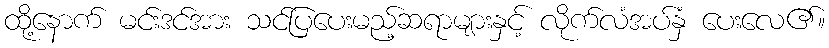
ထို့နောက် မင်းဒင်အား သင်ပြပေးမည့်ဆရာများနှင့် လိုက်လံအပ်နှံ ပေးလေ၏။